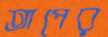
তাপের